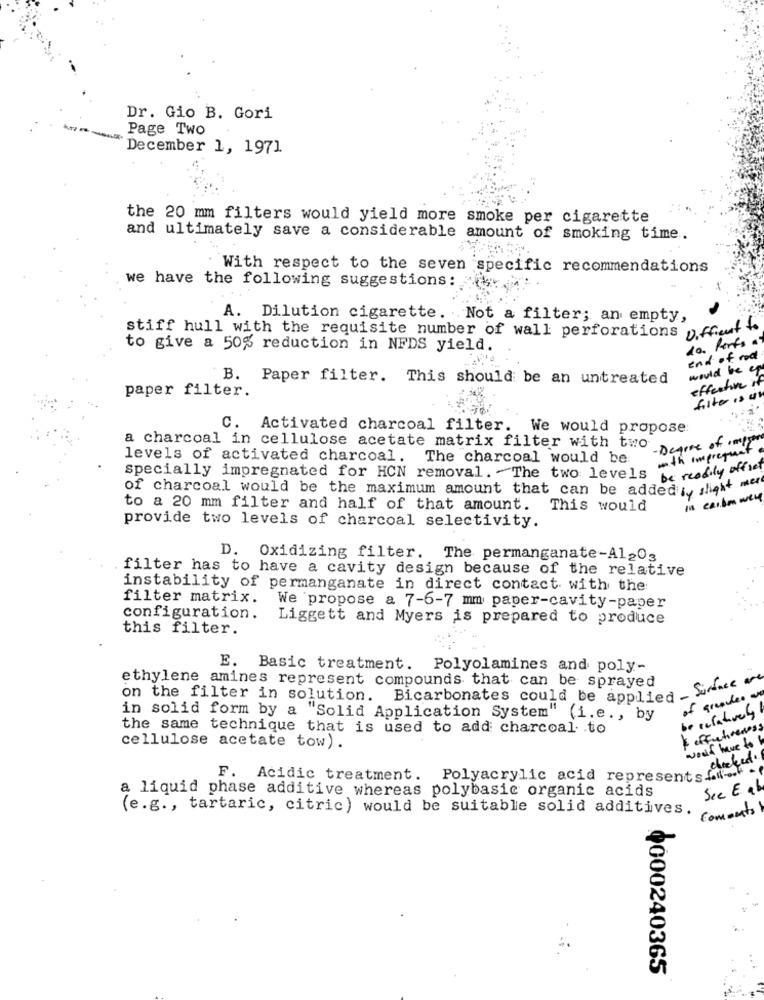
Dr. Gio B. Gori
Page Two
December 1, 1971
the 20 mm filters would yield more smoke per cigarette
and ultimately save a considerable amount of smoking time.
With respect to the seven specific recommendations
we have the following suggestions:
A. Dilution cigarette. Not a filter; an empty,
stiff hull with the requisite number of wall perforations Difficult to
10. Perfs of
to give a 50% reduction in NFDS yield.
end of rod
would be up
B. Paper filter. This should be an untreated
effective it
paper filter.
filter is us
C. Activated charcoal filter. We would propose:
a charcoal in cellulose acetate matrix filter with two pe of
levels of activated charcoal. The charcoal would be:
with impreseant
specially impregnated for HCN removal. - The two levels be readily offic!
of charcoal would be the maximum amount that can be added , slight "
in carbo were
to a 20 mm filter and half of that amount. This would
provide two levels of charcoal selectivity.
D. Oxidizing filter. The permanganate-Al203
filter has to have a cavity design because of the relative
instability of permanganate in direct contact with the:
filter matrix. We propose a 7-6-7 mm paper-cavity-paper
configuration.
Liggett and Myers is prepared to produce
this filter.
E. Basic treatment. Polyolamines and poly-
ethylene amines represent compounds that can be sprayed
on the filter in solution.
Bicarbonates could be applied - Surface
of grender a
in solid form by a "Solid Application System" (i.e ., by
be relatively
the same technique that is used to add charcoal to
* effectiveness
would have to b
cellulose acetate tow).
checked .
F. Acidic treatment. Polyacrylic acid representsfl-
a liquid phase additive whereas polybasic organic acids
See E ab
(e.g ., tartaric, citric) would be suitable solid additives.
0000240365